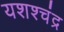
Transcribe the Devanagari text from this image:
यशश्चंद्र